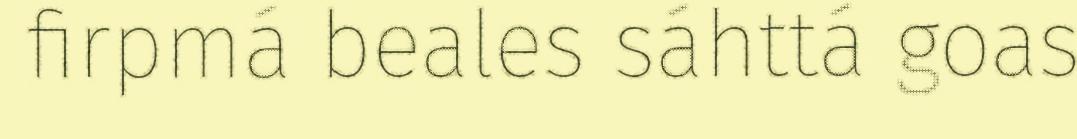
firpmá beales sáhttá goas